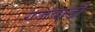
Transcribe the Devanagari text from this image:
गजवाडी